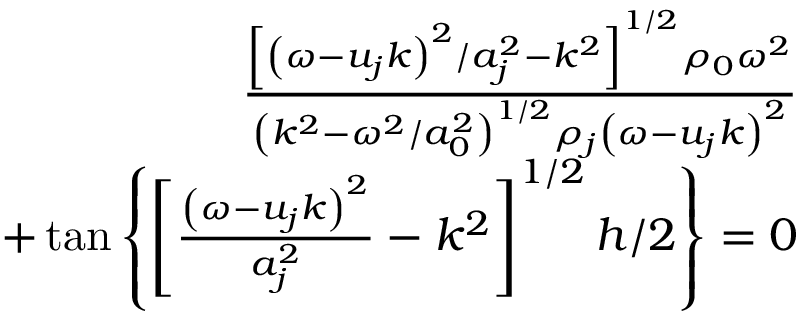
\begin{array} { r } { \frac { \left[ \left( \omega - u _ { j } k \right) ^ { 2 } / a _ { j } ^ { 2 } - k ^ { 2 } \right] ^ { 1 / 2 } \rho _ { 0 } \omega ^ { 2 } } { \left( k ^ { 2 } - \omega ^ { 2 } / a _ { 0 } ^ { 2 } \right) ^ { 1 / 2 } \rho _ { j } \left( \omega - u _ { j } k \right) ^ { 2 } } } \\ { + \tan \left\{ \left[ \frac { \left( \omega - u _ { j } k \right) ^ { 2 } } { a _ { j } ^ { 2 } } - k ^ { 2 } \right] ^ { 1 / 2 } h / 2 \right\} = 0 } \end{array}